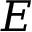
E